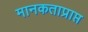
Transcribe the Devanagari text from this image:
मानकताप्राप्त